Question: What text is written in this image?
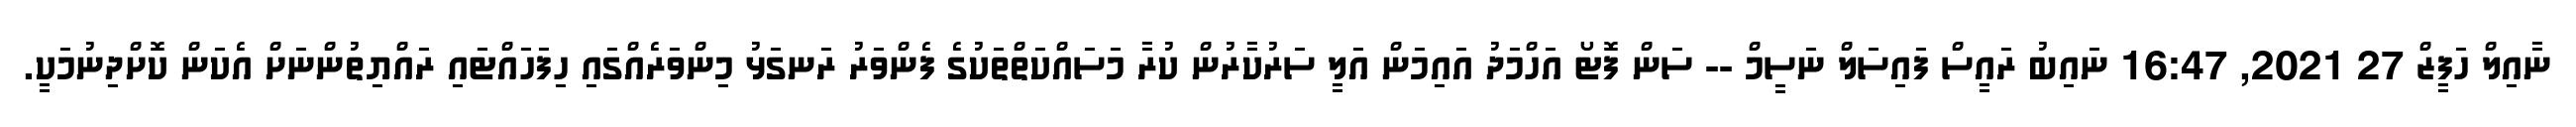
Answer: ނާއިލް ހަފީޒް 27 2021, 16:47 ނައިބު ރައީސް ފައިސަލް ނަސީމް -- ސަން ފޮޓޯ އަހްމަދު އައިމަން އަލީ ސަރުކާރުން ކުރާ މަސައްކަތްތަކުގެ ފެންވަރު ރަނގަޅު މިންވަރެއްގައި ހިފަހައްޓަައި ރައްޔިތުންނަށް އެކަން ކޮށްދިނުމަކީ.